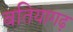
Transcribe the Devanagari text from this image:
बतियागढ़